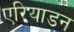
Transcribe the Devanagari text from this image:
एरियाडन